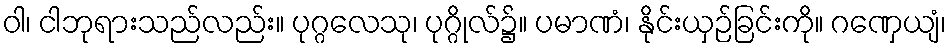
ဝါ၊ ငါဘုရားသည်လည်း။ ပုဂ္ဂလေသု၊ ပုဂ္ဂိုလ်၌။ ပမာဏံ၊ နိုင်းယှဉ်ခြင်းကို။ ဂဏှေယျံ၊